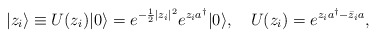
\begin{align*}|z_i\rangle\equiv U(z_i)|0\rangle=e^{-\frac12|z_i|^2}e^{z_ia^\dagger}|0\rangle, \quad U(z_i)=e^{z_i a^\dagger-\bar{z}_i a},\end{align*}